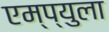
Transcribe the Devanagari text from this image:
एम्प्युला